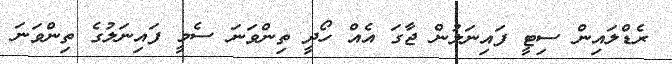
ރެޑްލައިން ސިޓީ ފައިނަލުން ޖާގަ އެއް ހޯދީ ތިންވަނަ ސެމީ ފައިނަލުގެ ތިންވަނަ